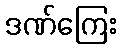
ဒဏ်ကြေး